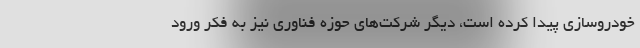
خودروسازی پیدا کرده است، دیگر شرکت‌های حوزه فناوری نیز به فکر ورود